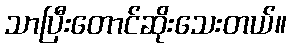
သာပြီးတောင်ဆိုးသေးတယ်။